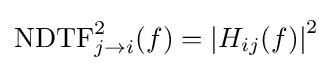
\mathrm {NDTF} _{j\rightarrow i}^{2}(f)=\left|H_{ij}(f)\right|^{2}